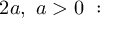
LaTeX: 2 a , \ a > 0 \ :